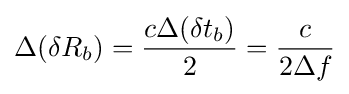
\Delta (\delta R_{b})={\frac {c\Delta (\delta t_{b})}{2}}={\frac {c}{2\Delta f}}